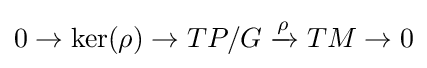
0\to \ker(\rho )\to TP/G\xrightarrow {\rho } TM\to 0